Newspaper: The Hawaiian star. [volume]
Place of publication: Honolulu [Oahu]
Publisher: Hawaiian Star Newspaper Association
Date: 1900-05-14 00:00:00
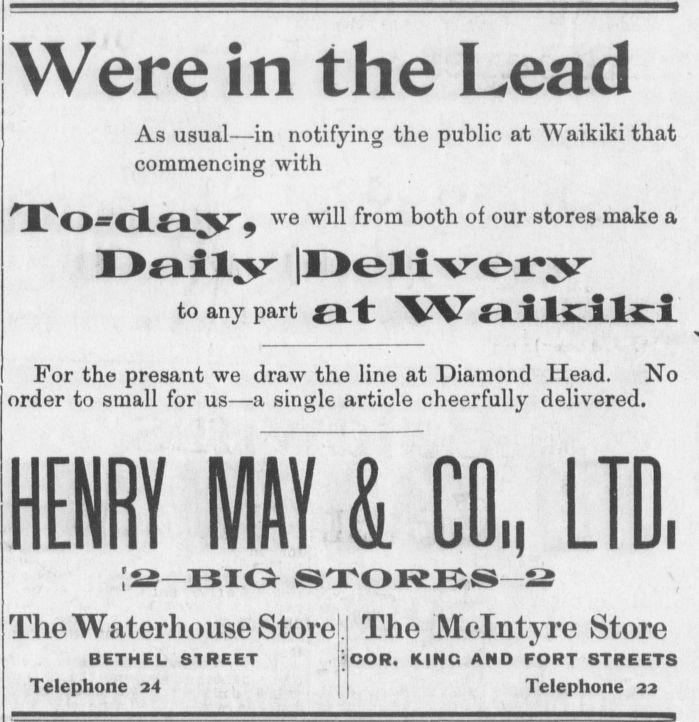
Advertisement text (OCR):
Were in the Lead As usual in notifying the public at Waikiki that commencing with HO dSL" 9 we w from both of our stores make a to any part L 'V ELJillzilzZX For the presant we draw the line at Diamond Head. No order to small for us a single article cheerfully delivered. MU The Waterhouse Store BETHEL STREET Telephone 24 CO. LTD. The Mclntyre Store COR. KING AND FORT STREETS Telephone 22
Label: text-only